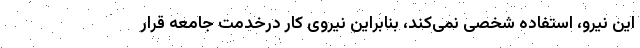
این نیرو، استفاده شخصی نمی‌کند، بنابراین نیروی کار درخدمت جامعه قرار